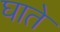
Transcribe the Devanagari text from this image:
घाते